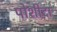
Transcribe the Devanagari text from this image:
पोशीदा